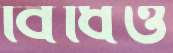
বিঁধিও